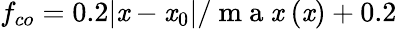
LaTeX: f_{co}=0.2|\mathit{x}-\mathit{x}_{0}|/\mathrm{{~m~a~\mathit{x}~}}(\mathit{x})+0.2